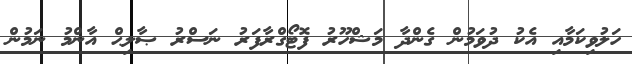
ހަލުވިކަމާއި އެކު ދުވަމުން ގެންދާ މަޝްހޫރު ފޮޓޯގްރާފަރު ނަސްރު ޞާލިޙް އާންމު ނަމުން